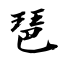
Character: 琶